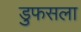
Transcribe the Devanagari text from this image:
डुफसला